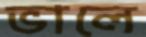
ভালে